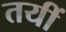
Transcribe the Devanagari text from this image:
तयीं